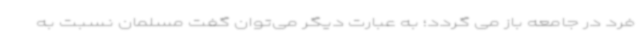
فرد در جامعه باز می گردد؛ به عبارت دیگر می‌توان گفت مسلمان نسبت به